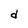
Character: d